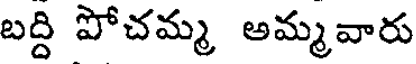
బద్ది పోచమ్మ అమ్మవారు